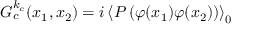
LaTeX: G _ { c } ^ { k _ { c } } ( x _ { 1 } , x _ { 2 } ) = i \left\langle P \left( \varphi ( x _ { 1 } ) \varphi ( x _ { 2 } ) \right) \right\rangle _ { 0 }